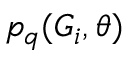
p _ { q } ( G _ { i } , \theta )